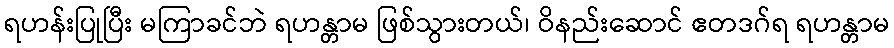
ရဟန်းပြုပြီး မကြာခင်ဘဲ ရဟန္တာမ ဖြစ်သွားတယ်၊ ဝိနည်းဆောင် ဧတဒဂ်ရ ရဟန္တာမ